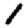
Digit: 1